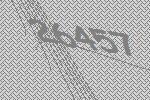
26457